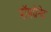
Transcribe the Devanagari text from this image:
पॉमग्रेनेट